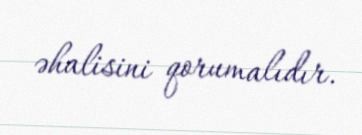
əhalisini qorumalıdır.